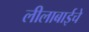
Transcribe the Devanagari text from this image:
लीलाबाईचे